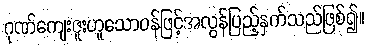
ဂုဏ်ကျေးဇူးဟူသောဝန်ဖြင့်အလွန်ပြည့်နှက်သည်ဖြစ်၍။